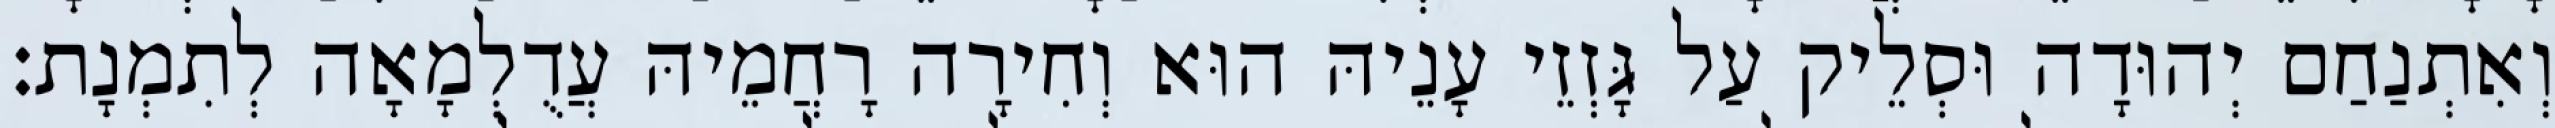
וְאִתְנַחַם יְהוּדָה וּסְלֵיק עַל גָּזְזֵי עָנֵיהּ הוּא וְחִירָה רָחֲמֵיהּ עֲדֻלְמָאָה לְתִמְנָת׃